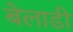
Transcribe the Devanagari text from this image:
बेलाडी